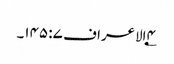
۴؂الاعراف ۷: ۱۴۵۔